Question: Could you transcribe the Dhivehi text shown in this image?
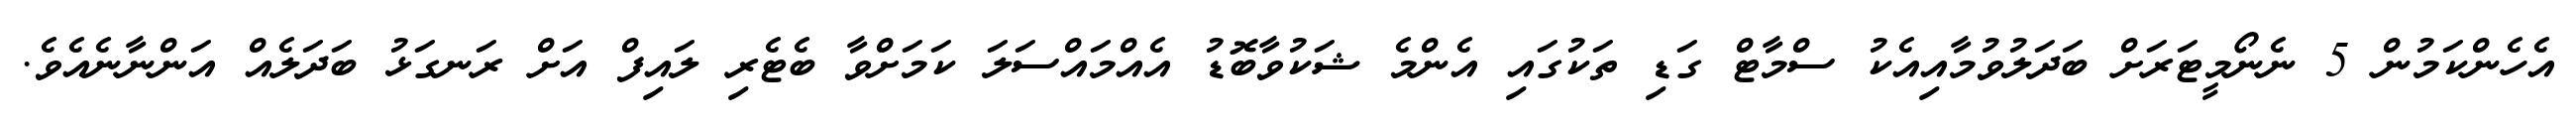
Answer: އެހެންކަމުން 5 ނެނޯމީޓަރަށް ބަދަލުވުމާއިއެކު ސްމާޓް ގަޑި ތަކުގައި އެންމެ ޝަކުވާބޮޑު އެއްމައްސަލަ ކަމަށްވާ ބެޓެރި ލައިފް އަށް ރަނގަޅު ބަދަލެއް އަންނާނެއެވެ.